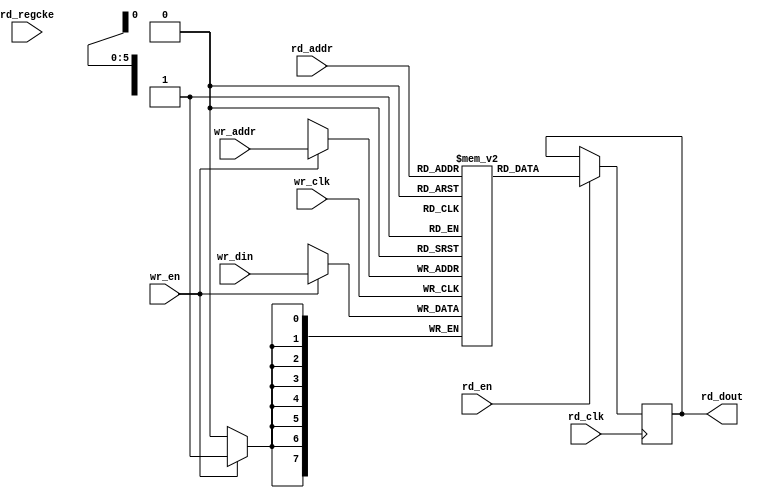
// ---------------------------------------------------------------------------
//  Jelly  -- The platform for real-time computing
//
//                                 Copyright (C) 2008-2020 by Ryuji Fuchikami
//                                 https://github.com/ryuz/jelly.git
// ---------------------------------------------------------------------------



`timescale 1ns / 1ps
`default_nettype none


// Simple Dualport-RAM
module jelly_ram_simple_dualport
        #(
            parameter   ADDR_WIDTH   = 6,
            parameter   DATA_WIDTH   = 8,
            parameter   MEM_SIZE     = (1 << ADDR_WIDTH),
            parameter   RAM_TYPE     = "distributed",
            parameter   DOUT_REGS    = 0,
            
            parameter   FILLMEM      = 0,
            parameter   FILLMEM_DATA = 0,
            parameter   READMEMB     = 0,
            parameter   READMEMH     = 0,
            parameter   READMEM_FIlE = ""
        )
        (
            // write port
            input   wire                        wr_clk,
            input   wire                        wr_en,
            input   wire    [ADDR_WIDTH-1:0]    wr_addr,
            input   wire    [DATA_WIDTH-1:0]    wr_din,
            
            // read port
            input   wire                        rd_clk,
            input   wire                        rd_en,
            input   wire                        rd_regcke,
            input   wire    [ADDR_WIDTH-1:0]    rd_addr,
            output  wire    [DATA_WIDTH-1:0]    rd_dout
        );
    
    // memory
    (* ram_style = RAM_TYPE *)
    reg     [DATA_WIDTH-1:0]    mem [0:MEM_SIZE-1];
    
    integer iMEM_SIZE = MEM_SIZE;
    
    // write port
    always @ ( posedge wr_clk ) begin
        if ( wr_en ) begin
            mem[wr_addr] <= wr_din;
        end
    end
    
    
    
    // read port
    reg     [DATA_WIDTH-1:0]    tmp_dout;
    always @(posedge rd_clk ) begin
        if ( rd_en ) begin
            tmp_dout <= mem[rd_addr];
        end
    end
    
    
    // DOUT FF insert
    generate
    if ( DOUT_REGS ) begin : blk_reg
        reg     [DATA_WIDTH-1:0]    reg_dout;
        always @(posedge rd_clk) begin
            if ( rd_regcke ) begin
                reg_dout <= tmp_dout;
            end
        end
        assign rd_dout = reg_dout;
    end
    else begin : blk_no_reg
        assign rd_dout = tmp_dout;
    end
    endgenerate
    
    
    
    // initialize
`ifndef ALTERA
    integer i;
    initial begin
        if ( FILLMEM ) begin
            for ( i = 0; i < MEM_SIZE; i = i + 1 ) begin
                mem[i] = FILLMEM_DATA;
            end
        end
        
        if ( READMEMB ) begin
            $readmemb(READMEM_FIlE, mem);
        end
        if ( READMEMH ) begin
            $readmemh(READMEM_FIlE, mem);
        end
    end
`endif
    
endmodule


`default_nettype wire


// End of file